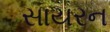
સાયરન